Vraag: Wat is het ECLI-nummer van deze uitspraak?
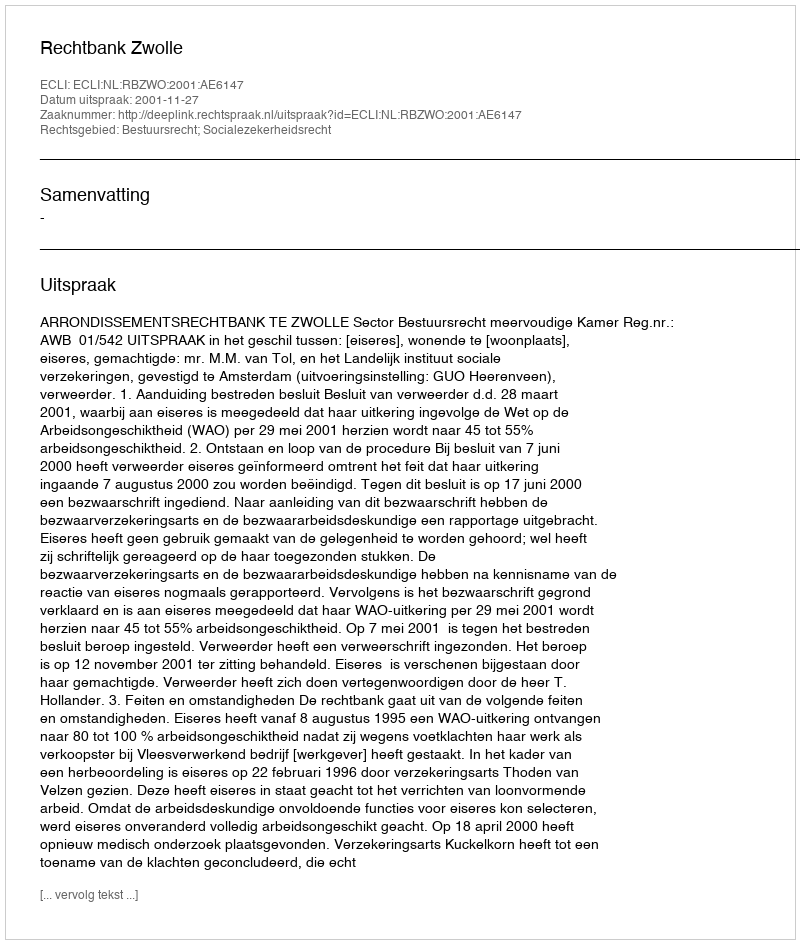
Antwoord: ECLI:NL:RBZWO:2001:AE6147